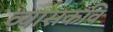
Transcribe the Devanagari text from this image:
व्यासकवि